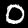
Digit: 0